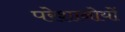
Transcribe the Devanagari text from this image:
परेशानोयों